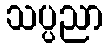
သပ္ပညာ